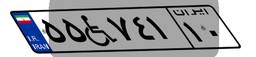
۲۷W۶۲۷۷۳